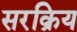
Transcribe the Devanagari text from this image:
सरक्रिय